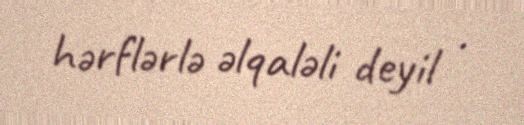
hərflərlə əlqaləli deyil .